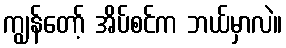
ကျွန်တော့် အိပ်စင်က ဘယ်မှာလဲ။